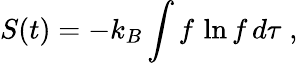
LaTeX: S(t)=-k_{B}\int f\, \ln f\, d\tau\; ,